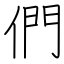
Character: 們